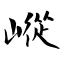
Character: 嵷